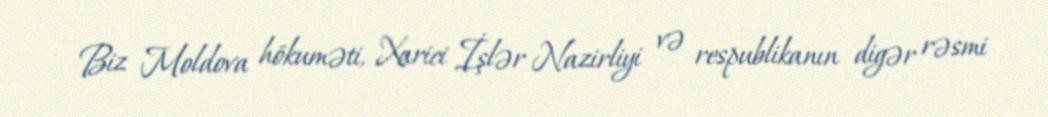
Biz Moldova hökuməti, Xarici İşlər Nazirliyi və respublikanın digər rəsmi